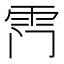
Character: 𮦅